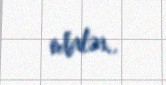
edirlər..